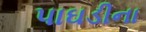
પાઘડીના